Vaccination in Bombay 1863-1868 - 1863-1868
Year: 1863
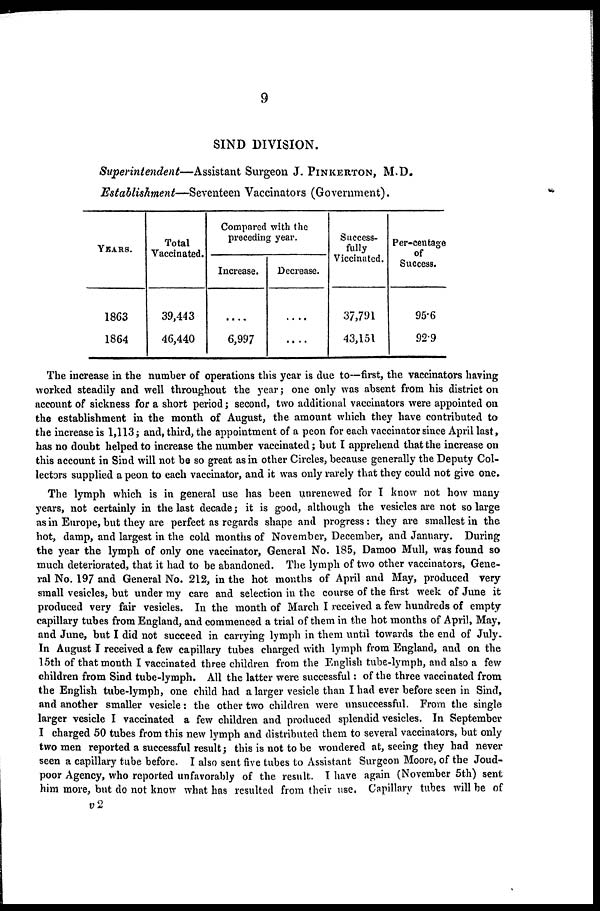
9
SIND DIVISION.
Superintendent—Assistant
Surgeon J. PINKERTON, M.D.
Establishment—Seventeen Vaccinators (Government).
YEARS.
1863
1864
Total
Vaccinated.
39,443
46,440
Compared with the
preceding year.
Increase.
....
6,997
Decrease.
....
....
Success-
fully
Viccinated.
37,791
43,151
Per-centage
of
Success.
95.6
92.9
The increase in the number of operations this year is due to—first, the vaccinators having
worked steadily and well throughout the year; one only was absent from his district on
account of sickness for a short period; second, two additional vaccinators were appointed on
the establishment in the month of August, the amount which they have contributed to
the increase is 1,113; and, third, the appointment of a peon for each vaccinator since April last,
has no doubt helped to increase the number vaccinated; but I apprehend that the increase on
this account in Sind will not be so great as in other Circles, because generally the Deputy Col-
lectors supplied a peon to each vaccinator, and it was only rarely that they could not give one.
The lymph which is in general use has been unrenewed for I know not how many
years, not certainly in the last decade; it is good, although the vesicles are not so large
as in Europe, but they are perfect as regards shape and progress : they are smallest in the
hot, damp, and largest in the cold months of November, December, and January. During
the year the lymph of only one vaccinator, General No. 185, Damoo Mull, was found so
much deteriorated, that it had to be abandoned. The lymph of two other vaccinators, Gene-
ral No. 197 and General No. 212, in the hot months of April and May, produced very
small vesicles, but under my care and selection in the course of the first week of June it
produced very fair vesicles. In the month of March I received a few hundreds of empty
capillary tubes from England, and commenced a trial of them in the hot months of April, May,
and June, but I did not succeed in carrying lymph in them until towards the end of July.
In August I received a few capillary tubes charged with lymph from England, and on the
15th of that month I vaccinated three children from the English tube-lymph, and also a few
children from Sind tube-lymph. All the latter were successful: of the three vaccinated from
the English tube-lymph, one child had a larger vesicle than I had ever before seen in Sind,
and another smaller vesicle: the other two children were unsuccessful. From the single
larger vesicle I vaccinated a few children and produced splendid vesicles. In September
I charged 50 tubes from this new lymph and distributed them to several vaccinators, but only
two men reported a successful result; this is not to be wondered at, seeing they had never
seen a capillary tube before. I also sent five tubes to Assistant Surgeon Moore, of the Joud-
poor Agency, who reported unfavorably of the result. I have again (November 5th) sent
him more, but do not know what has resulted from their use. Capillary tubes will be of
v2